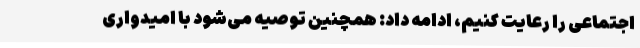
اجتماعی را رعایت کنیم، ادامه داد: همچنین توصیه می‌شود با امیدواری